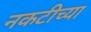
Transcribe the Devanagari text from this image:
नकटीच्या